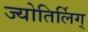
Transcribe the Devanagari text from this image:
ज्योतिर्लिग्